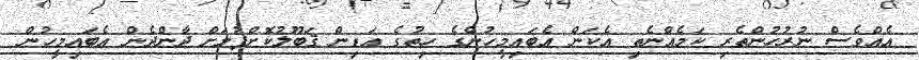
އެއްވެސް ނުރުހުންތެރި ކަމެއްނެތި އެކަން އެބައިމީހުންގެ ހިތުގެ އަޑިން ޤަބޫލުކޮށްފުމަށް ދާންދެން އެބައިމީހުން